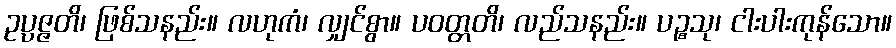
ဥပ္ပဇ္ဇတိ၊ ဖြစ်သနည်း။ လဟုကံ၊ လျှင်စွာ။ ပဝတ္တတိ၊ လည်သနည်း။ ပဉ္စသု၊ ငါးပါးကုန်သော။